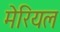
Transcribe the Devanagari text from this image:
मेरियल